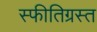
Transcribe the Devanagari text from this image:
स्फीतिग्रस्त